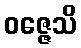
ဝဇ္ဇေသိ